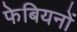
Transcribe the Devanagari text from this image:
फेबियनों